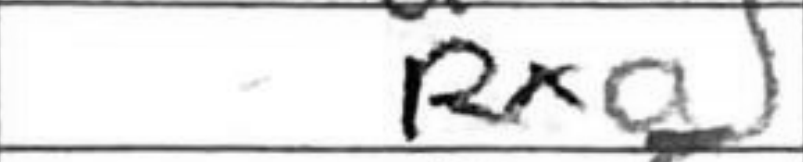
Transcription: Rxa5